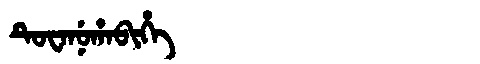
Manchu: ᡨᡠᠸᠠᠨᡠᡥᠠᠪᡳᡥᡝ
Romanization: TUWANUHABIHE